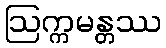
ဩက္ကမန္တဿ